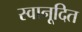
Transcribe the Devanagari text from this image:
स्वानूदित